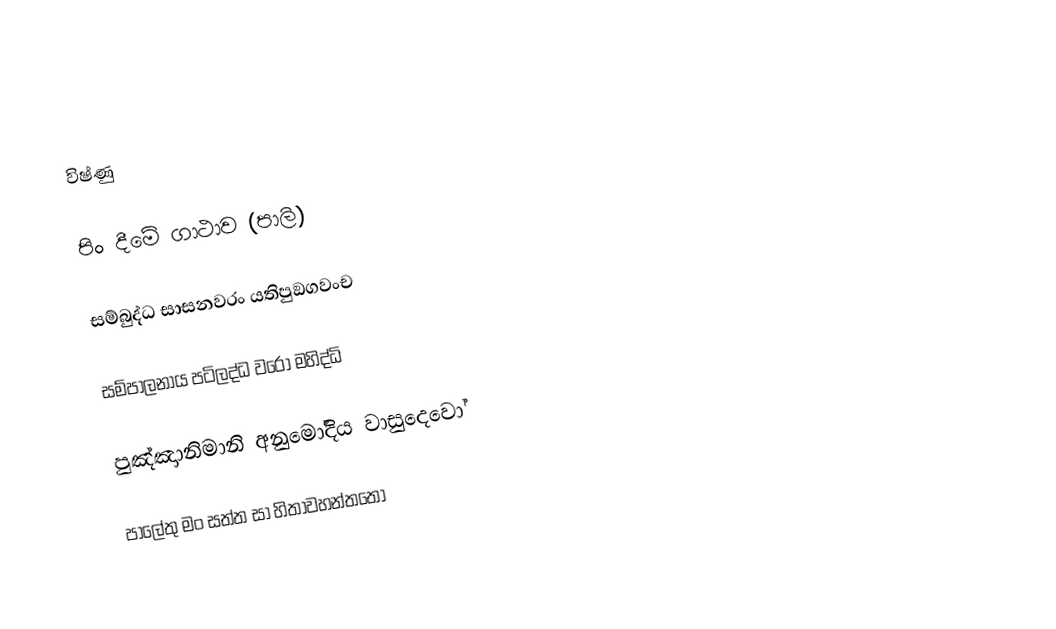
විෂ්ණු

පිං දීමේ ගාථාව (පාලි)

සම්බුද්ධ සාසනවරං යතිපුඞගවංච

සම්පාලනාය පටිලද්ධ වරෝ මහිද්ධි

පුඤ්ඤාානිමානි අනුමෝදිය වාසුදෙවෝ

පාලේතු මං සත්ත සා හිතාවහන්තතෝ